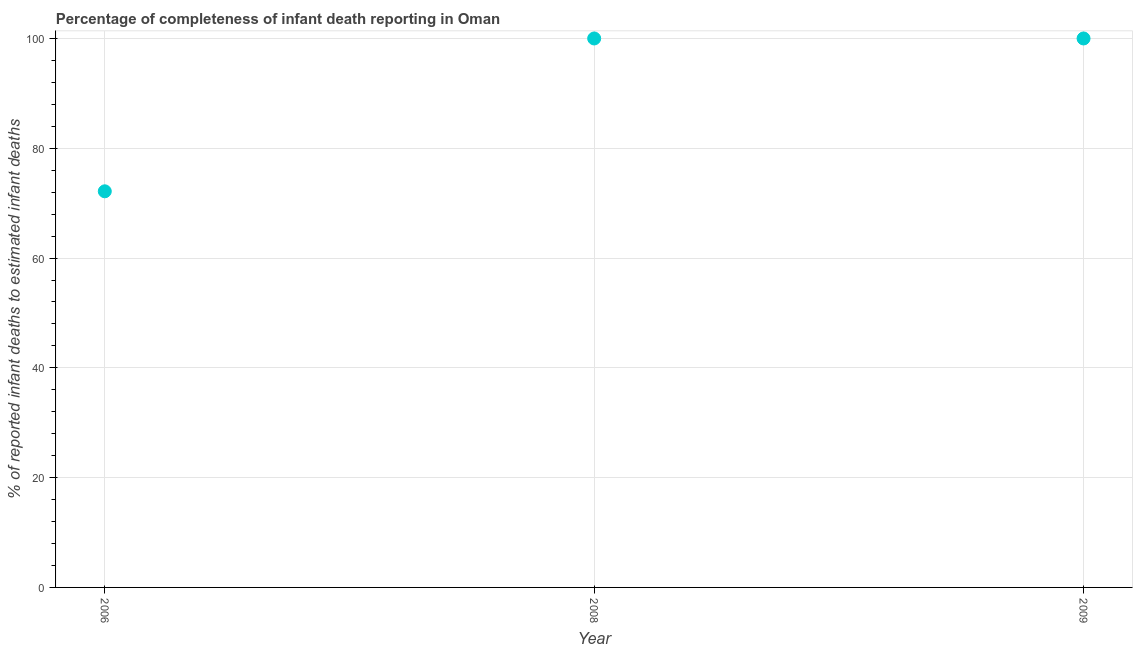
| Year | Completeness of infant death reporting |
 | --- | --- |
 | 2006 | 72.2 |
 | 2008 | 100 |
 | 2009 | 100 |